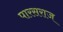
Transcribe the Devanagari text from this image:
पारसराज